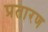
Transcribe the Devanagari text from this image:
प्रतारण